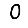
Digit: 0